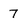
Character: 7